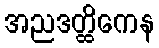
အညဒတ္ထိကေန